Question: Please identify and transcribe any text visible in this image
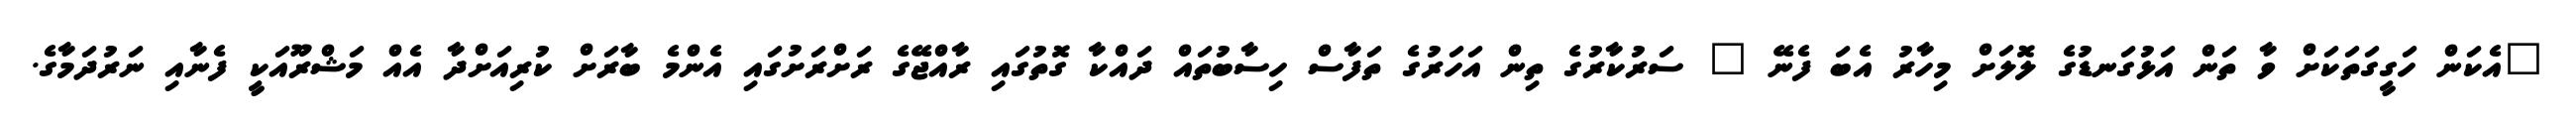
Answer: "އެކަން ހަގީގަތަކަށް ވާ ތަން އަޅުގަނޑުގެ ލޮލަށް މިހާރު އެބަ ފެނޭ " ސަރުކާރުގެ ތިން އަހަރުގެ ތަފާސް ހިސާބުތައް ދައްކާ ގޮތުގައި ރާއްޖޭގެ ރަށްރަށުގައި އެންމެ ބާރަށް ކުރިއަށްދާ އެއް މަޝްރޫއަކީ ފެނާއި ނަރުދަމާގެ.